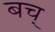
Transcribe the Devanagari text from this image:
बच्